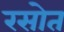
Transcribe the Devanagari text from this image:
रसोत